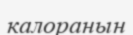
калоранын